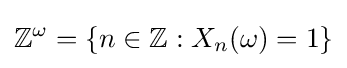
\mathbb {Z} ^{\omega }=\{n\in \mathbb {Z} :X_{n}(\omega )=1\}